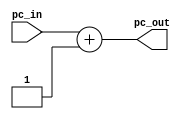
/*
* Yousef Jarrar & Nicholas Chiodini
* CSE 401 - Computer Arch
* Dr. Gomez - Spring 2019
* Lab 1 - Instruction Fetch Stage
* 04/15/2019
*
* Desc:  the incrementer verilog file -- Increasing the number
* by 1.
* */

`timescale 1ns / 1ps

module incrementer ( input wire [31:0] pc_in, output wire
[31:0] pc_out );

    assign pc_out = pc_in + 1;  // Increment PC by 1

endmodule